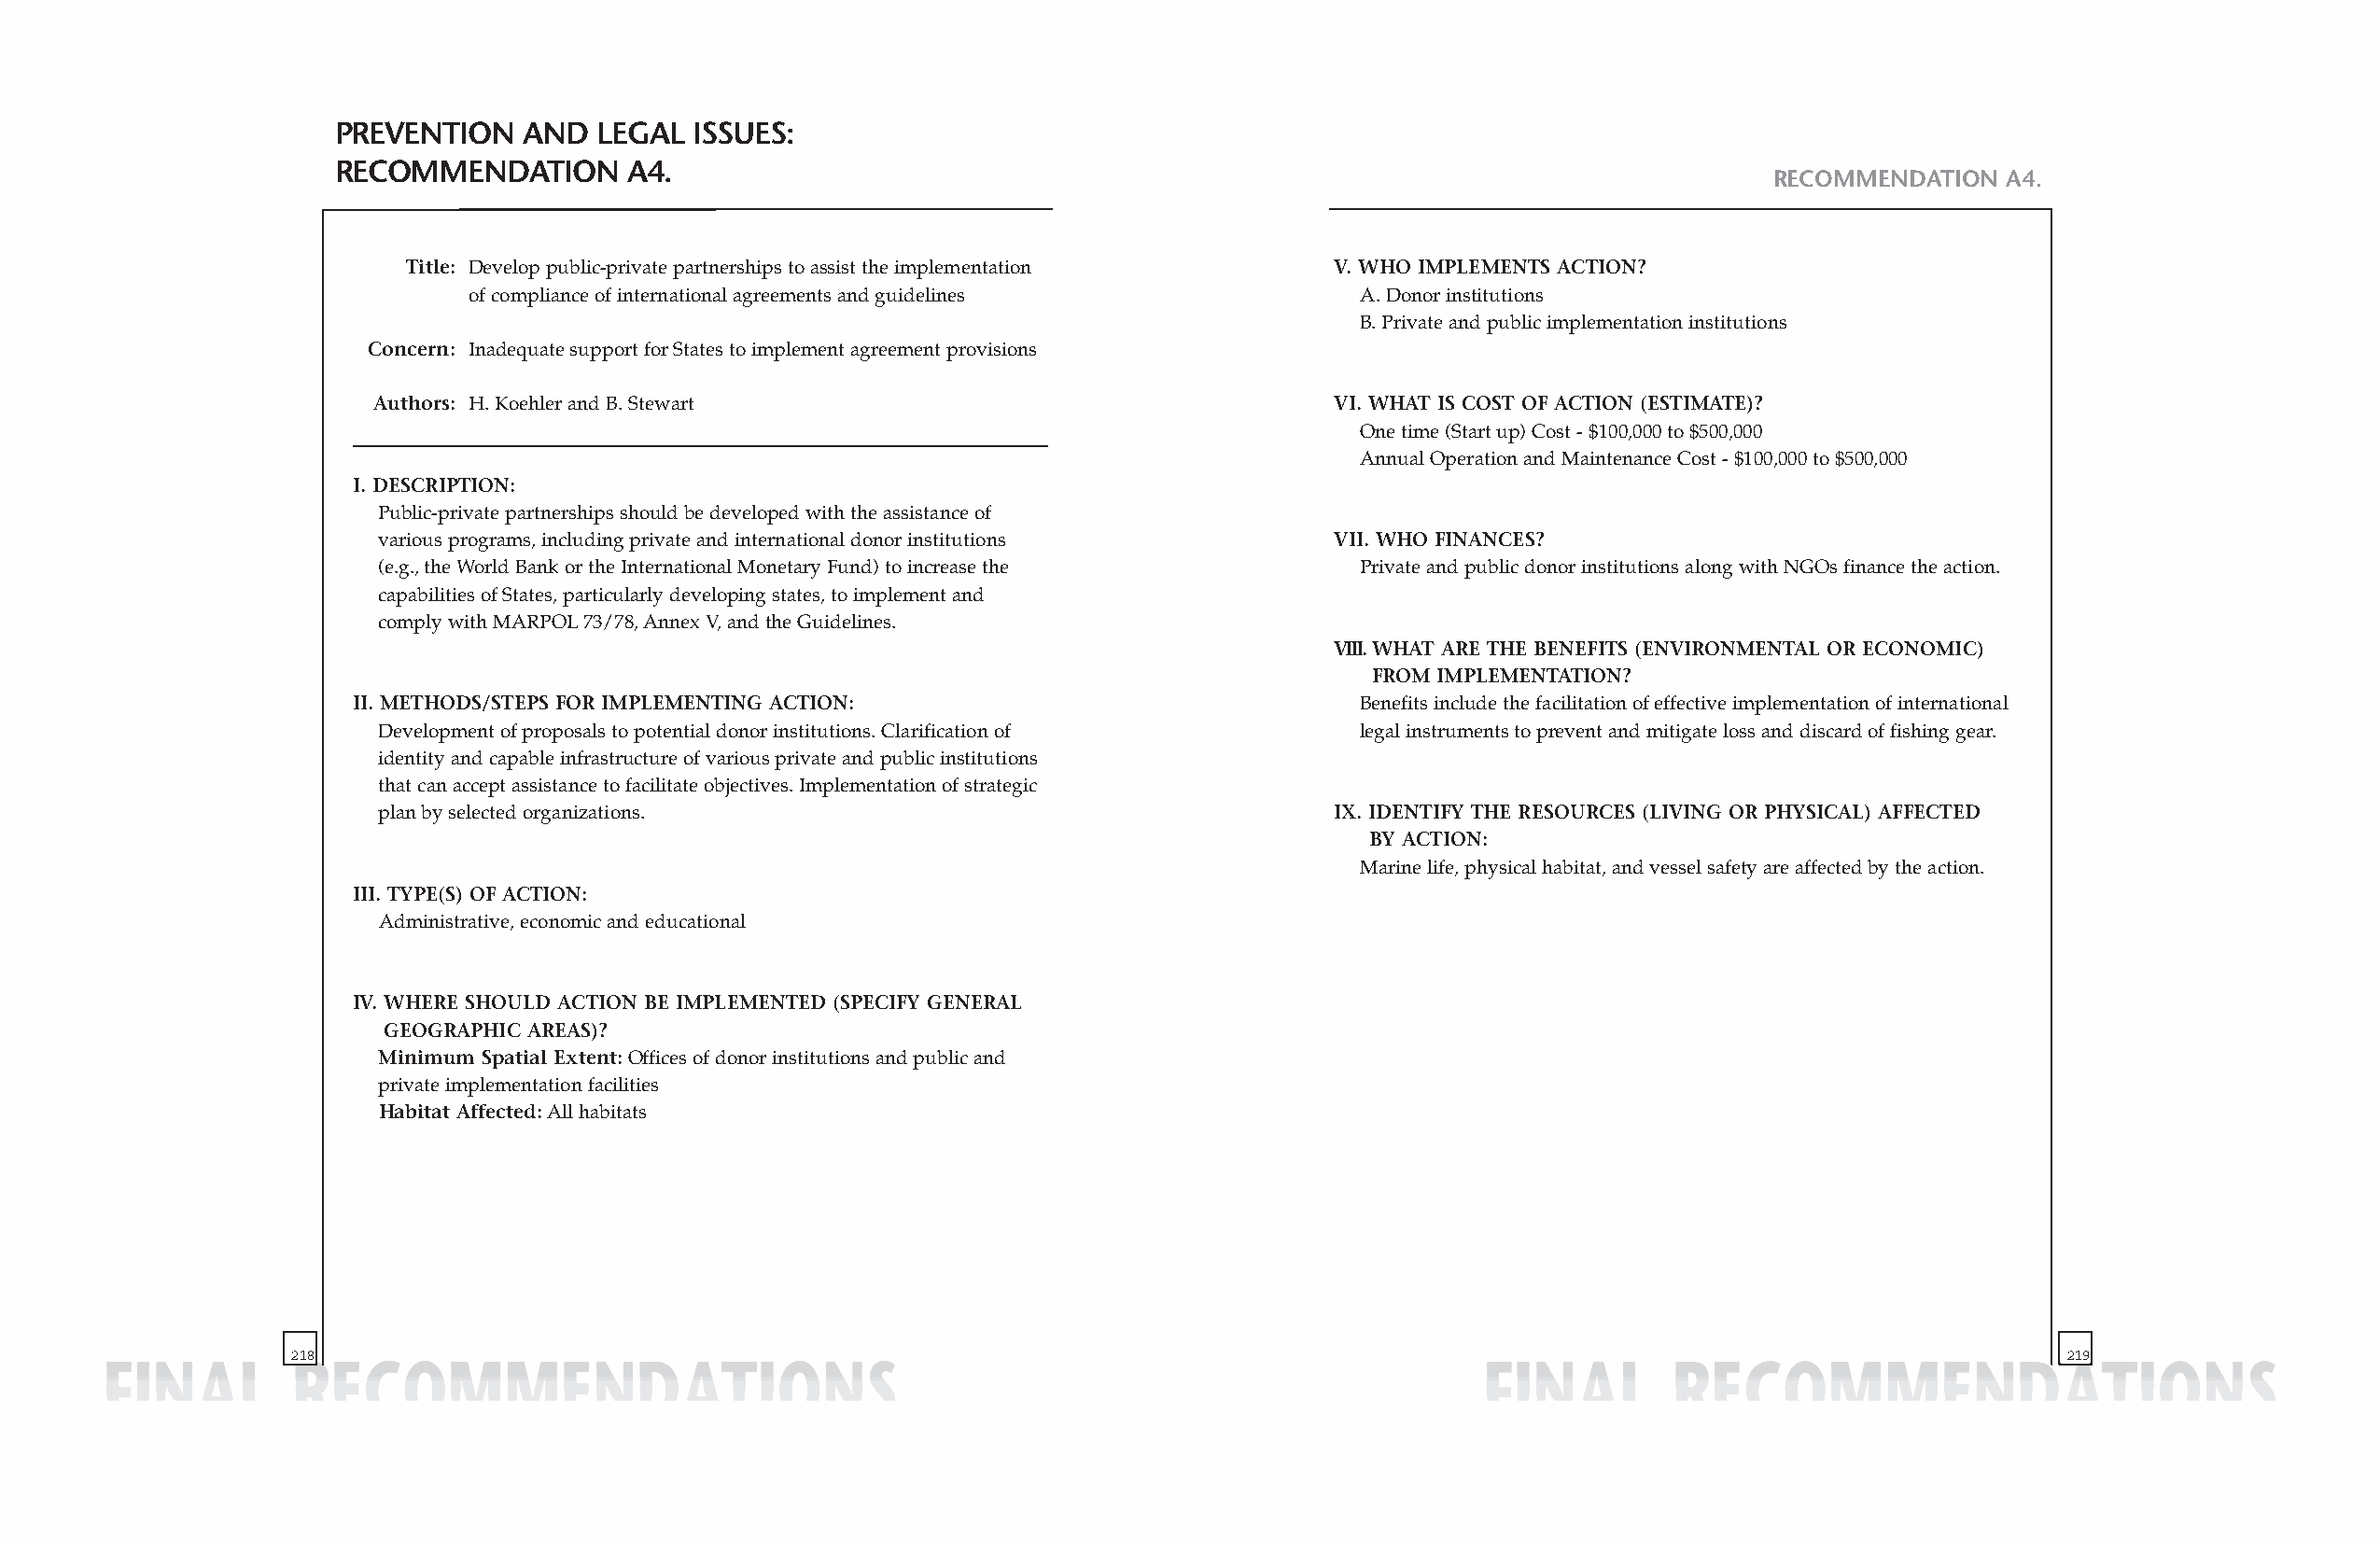
PREVENTION   AND  LEGAL  ISSUES:
 RECOMMENDATION       A4.
 RECOMMENDATION  A4.
 Title: Develop public-private partnerships to assist the implementation V. WHO IMPLEMENTS ACTION?
 of compliance of international agreements and guidelines       A. Donor institutions
 B. Private and public implementation institutions
 Concern: Inadequate support for States to implement agreement provisions
 Authors: H. Koehler and B. Stewart                                  VI. WHAT IS COST OF ACTION (ESTIMATE)?
 One time (Start up) Cost - $100,000 to $500,000
 Annual Operation and Maintenance Cost - $100,000 to $500,000
 I. DESCRIPTION:
 Public-private partnerships should be developed with the assistance of
 various programs, including private and international donor institutions VII. WHO FINANCES?
 (e.g., the World Bank or the International Monetary Fund) to increase the Private and public donor institutions along with NGOs finance the action.
 capabilities of States, particularly developing states, to implement and
 comply with MARPOL73/78, Annex V, and the Guidelines.
 VIII.WHAT ARE THE BENEFITS (ENVIRONMENTAL OR ECONOMIC)
 FROM IMPLEMENTATION?
 II. METHODS/STEPS FOR IMPLEMENTING ACTION:                             Benefits include the facilitation of effective implementation of international
 Development of proposals to potential donor institutions. Clarification of legal instruments to prevent and mitigate loss and discard of fishing gear.
 identity and capable infrastructure of various private and public institutions
 that can accept assistance to facilitate objectives. Implementation of strategic
 plan by selected organizations.                                     IX. IDENTIFY THE RESOURCES (LIVING OR PHYSICAL) AFFECTED
 BY ACTION:
 Marine life, physical habitat, and vessel safety are affected by the action.
 III. TYPE(S) OF ACTION:
 Administrative, economic and educational
 IV. WHERE SHOULD ACTION BE IMPLEMENTED (SPECIFY GENERAL
 GEOGRAPHIC AREAS)?
 Minimum Spatial Extent:Offices of donor institutions and public and
 private implementation facilities
 Habitat Affected:All habitats
 218                                                                                                                           219